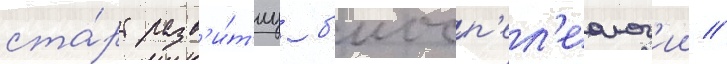
ста́рт разв'и́т'иу б'иосп'ел'еолог'ии //